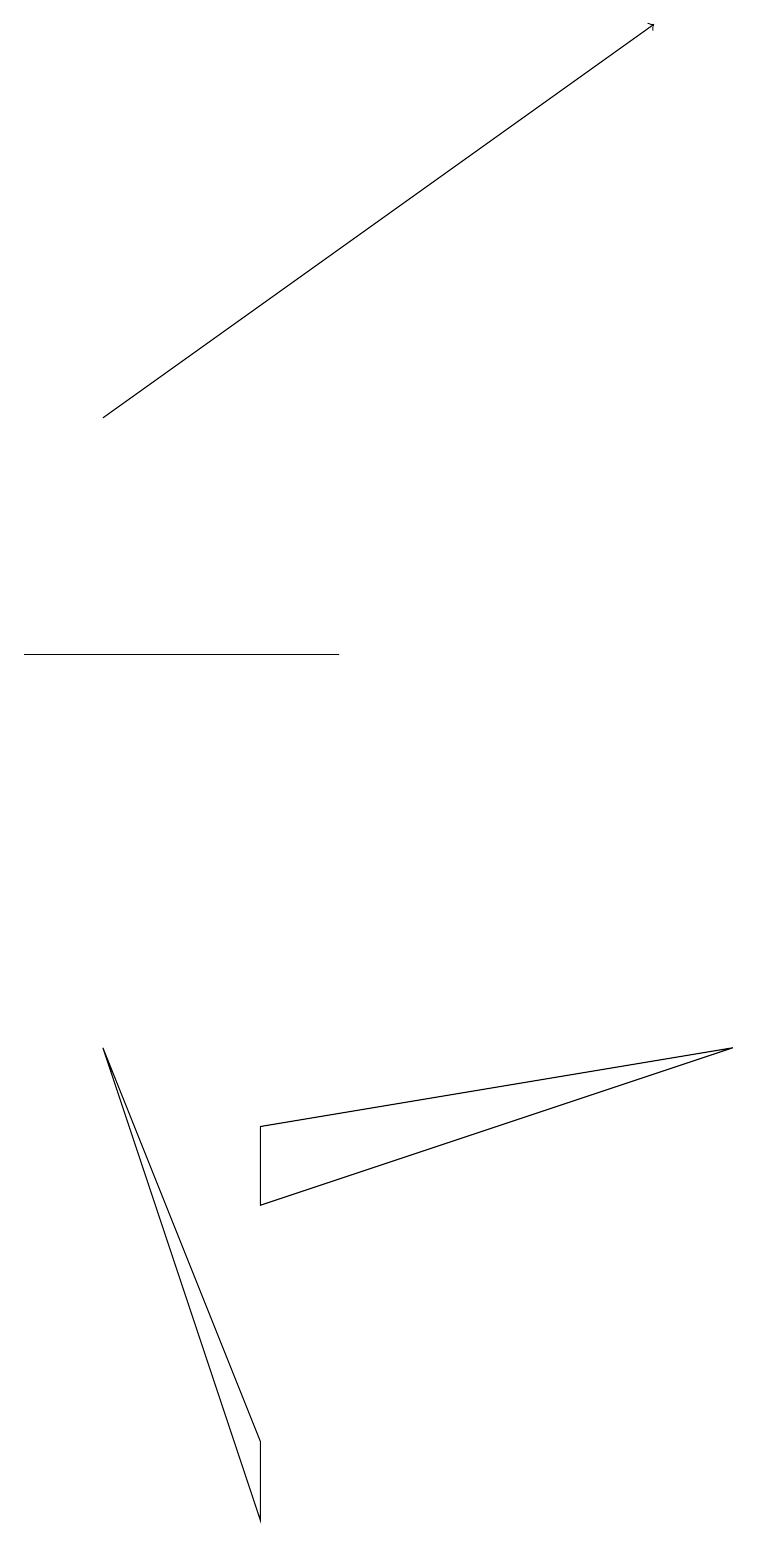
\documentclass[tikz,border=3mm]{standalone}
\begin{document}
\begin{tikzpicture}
\draw (3,0) -- (3,1) -- (1,6) -- cycle;
\draw (3,4) -- (3,5) -- (9,6) -- cycle;
\draw (0,11) rectangle (4,11);
\draw[->] (1,14) -- (8,19);
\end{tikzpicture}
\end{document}